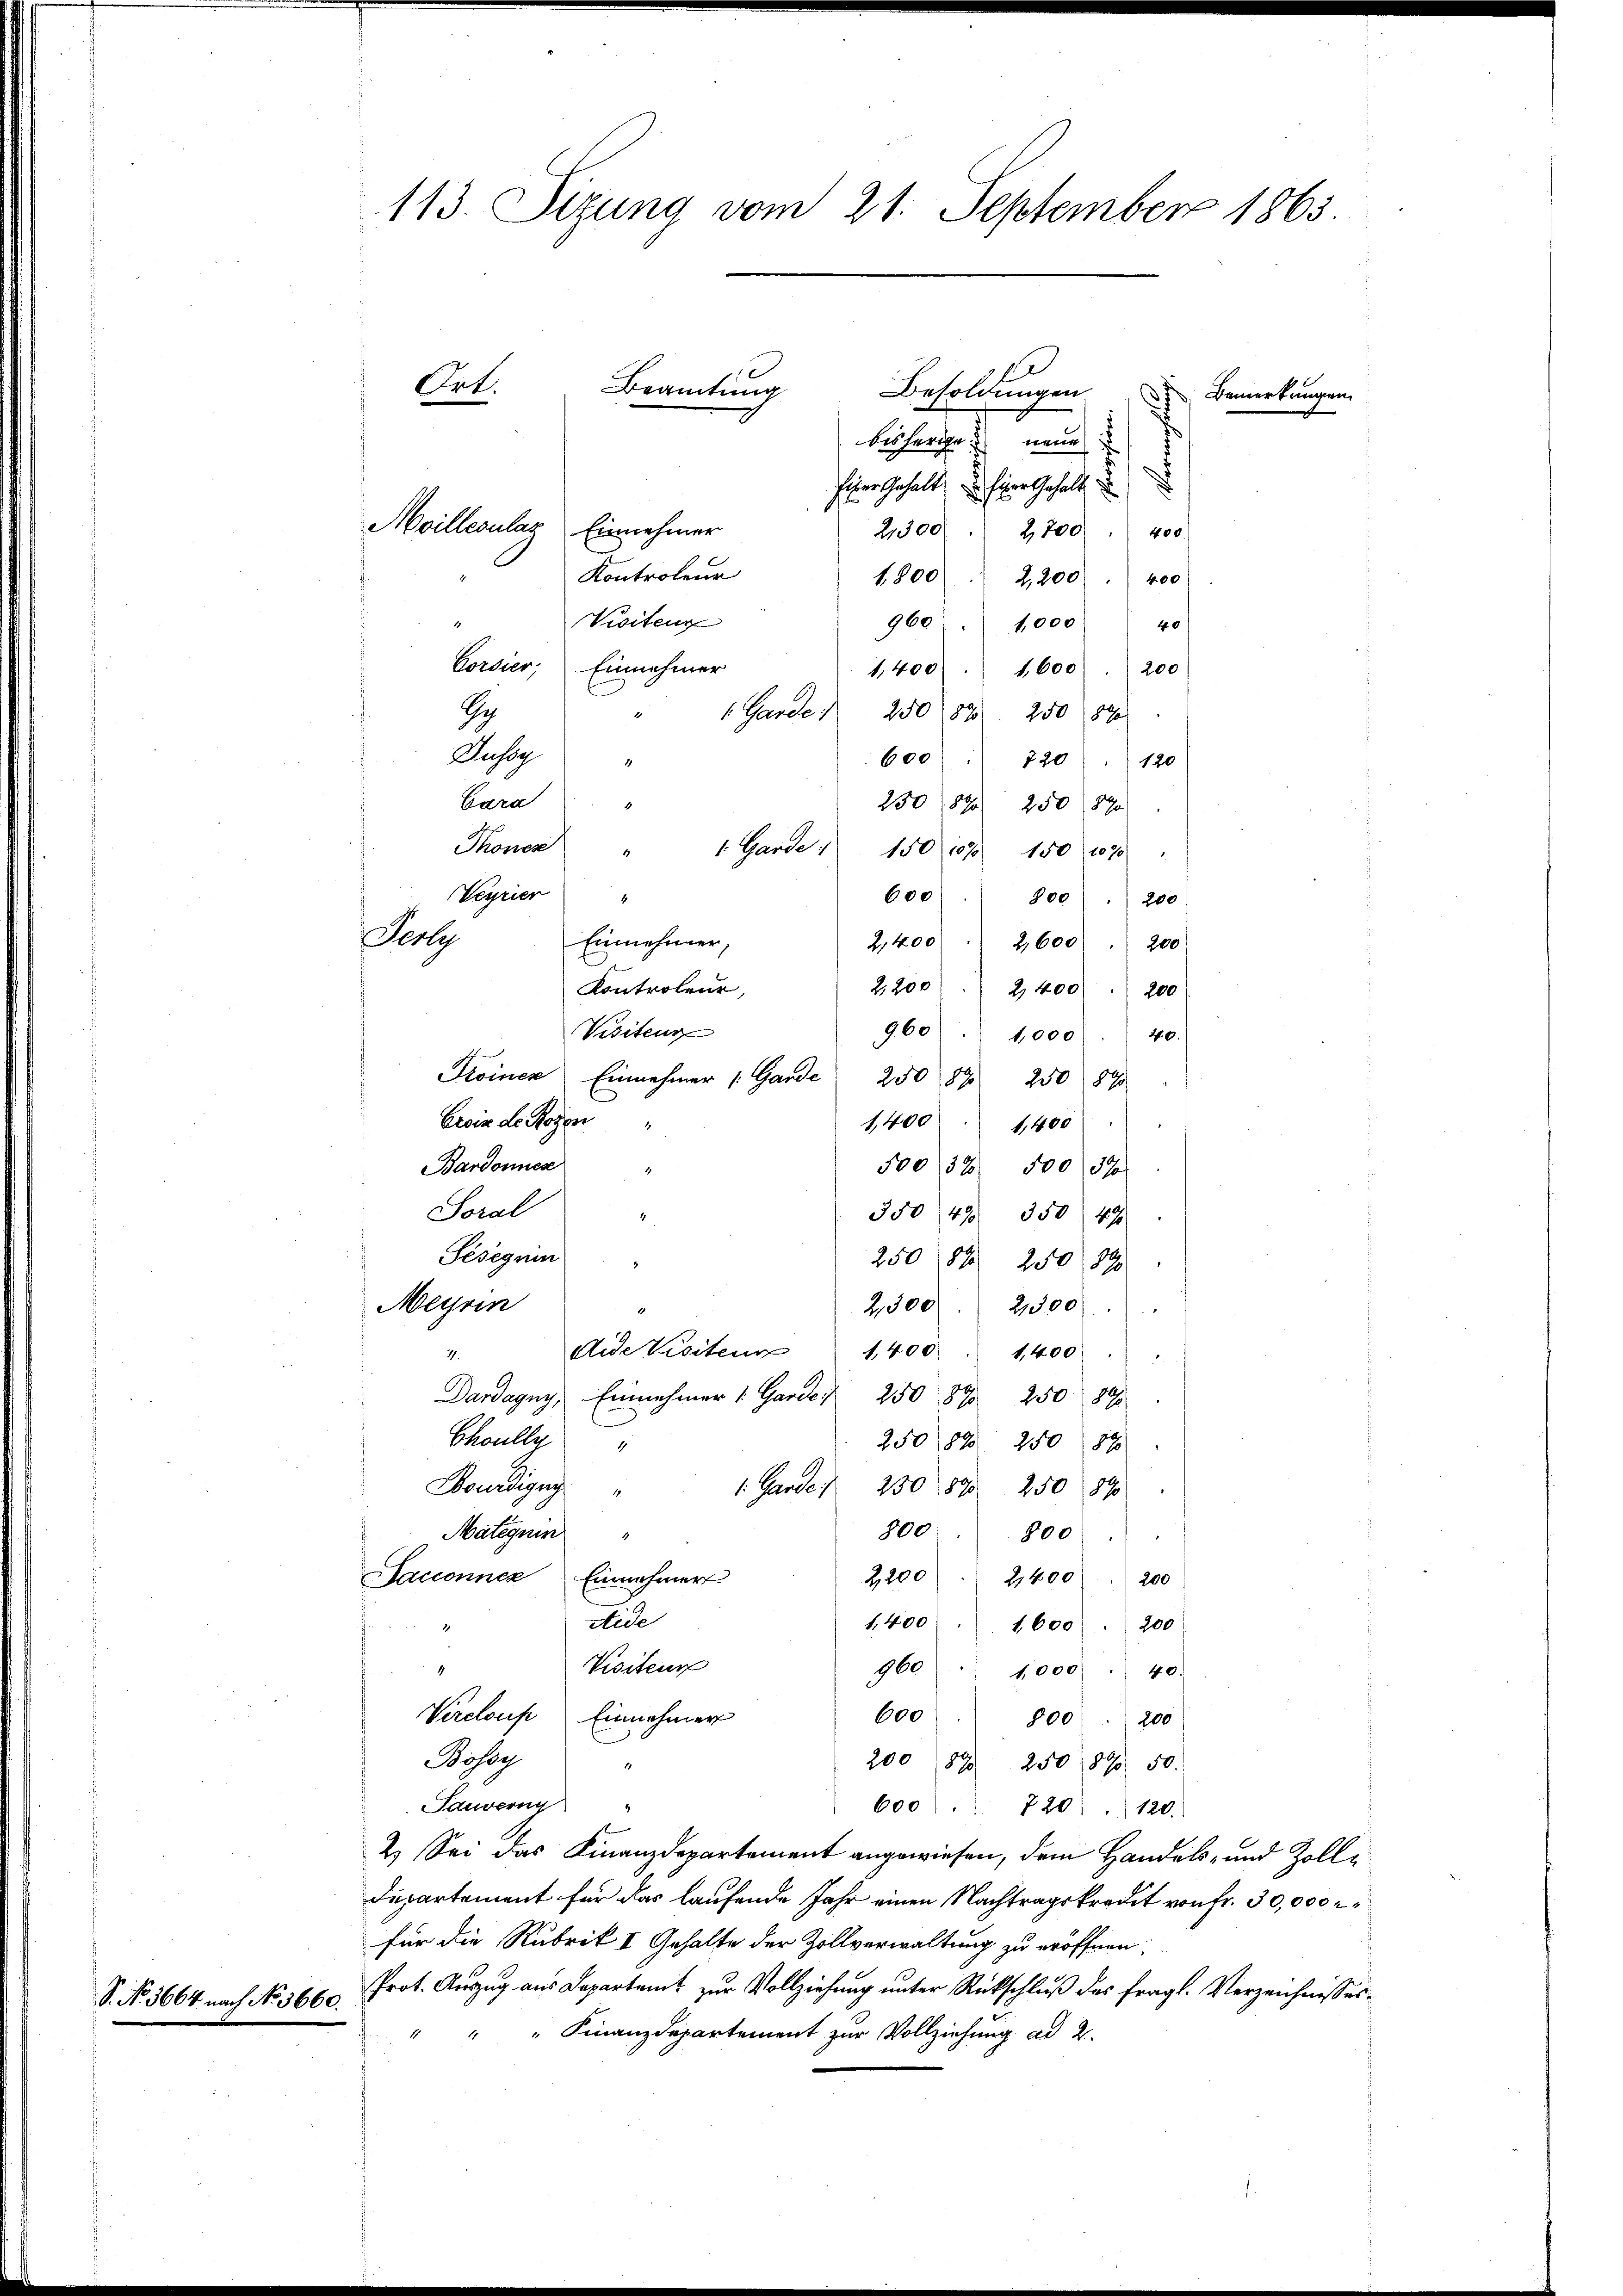
S. No. 3664 nach No 3660.

113. Sizung vom 21. September 1865.
Ort.
Beamtung
Besoldungen Bemerkungen.
bisherie neue

heiner Gehalt u. Einer Gehalt u
Moilleculaz Einnehmer
2,300
2,700
400.
Kontroleur
1,800 2,200
400
Visiteur
960. 1000
40
Corsier, Einnehmer
1,400 1,600 200
S
1 Garde   250 1890. 250 890
Jussy
600. 720 " 120
Gara
2308 f 250 890
.
Thones "
1. Garde
150. 1088 150 (1090 "
Verries
600
4
800) . 200
Einnehmer,
2,400/2,600 " 200
2,200
Kontroleur,
2,400 f 200
Visiteur
960. 1000. 40.
Froinen Einnehmer /. Gande 250 89 250 890
Croix de Rosen
1,400 " 1,400
Bardonnes
50032 500 (1370
1
Soral
350/49. 350 49
Sesegui
250 84 250. 81
Meyrin
2,500. 21300)
dide Visiteur 1400 1400
17.
Dardagny, Einnehmer Garde 250 890 250 890
Choulle
250 (88. 2050 (815
Wourdigung
1. Garden 250 1890. 250 189
800
Mategnin
800
1
Sacconnez
2,200) " 2400) 200
Einnehmer
Nide
1,400 " " 1600 . 200
Visiteur
960. 1000 . 40.
4
Vireloup Einnehmer
600 . 800) . 200
Bossy
200 (87 250 1890 50.
Tauverny
600. 720 " 120.
2.) Sei das Finanzdepartement angewiesen, dem Handels- und Zoll¬
Departement für das laufende Jahr einen Nachtragskredit von fr. 30,000 r
für die Rubrik II Gehalte der Zollverwaltung zu eröffnen,
Prot. Auszug aus Departamt zur Vollziehung unter Rückschluß des fragl. Verzeichnisses¬
" Finanzdepartement zur Vollziehung ad 2.

Feste